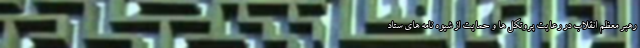
رهبر معظم انقلاب در رعایت پروتکل ها و حمایت از شیوه نامه های ستاد